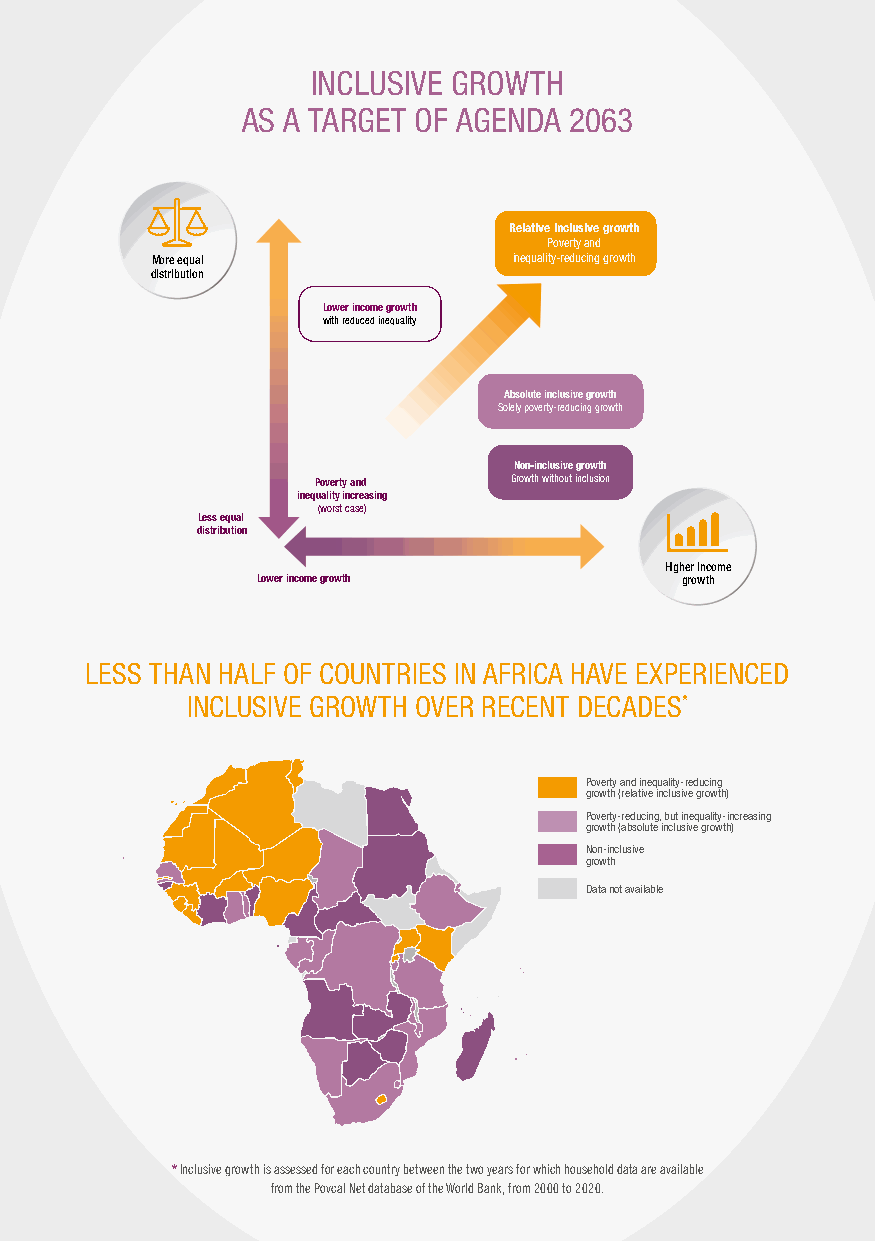
INCLUSIVE GROWTH
 AS A TARGET OF AGENDA 2063
 Relative inclusive growth
 Poverty and
 More equal              inequality-reducing growth
 distribution
 Lower income growth
 with reduced inequality
 Absolute inclusive growth
 Solely poverty-reducing growth
 Non-inclusive growth
 Poverty and  Growth without inclusion
 inequality increasing
 (worst case)
 Less equal
 distribution
 Higher income
 Lower income growth         growth
 LESS THAN HALF OF COUNTRIES IN AFRICA HAVE EXPERIENCED
 INCLUSIVE GROWTH OVER RECENT DECADES*
 Poverty and inequality-reducing
 growth (relative inclusive growth)
 Poverty-reducing, but inequality-increasing
 growth (absolute inclusive growth)
 Non-inclusive
 growth
 Data not available
 * Inclusive growth is assessed for each country between the two years for which household data are available
 from the Povcal Net database of the World Bank, from 2000 to 2020.